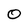
Character: 0